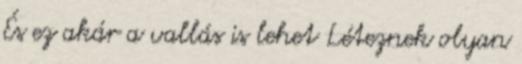
És ez akár a vallás is lehet Léteznek olyan